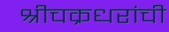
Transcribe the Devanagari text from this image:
श्रीचक्रधरांची